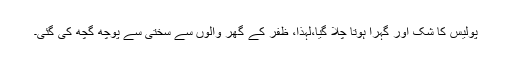
پولیس کا شک اور گہرا ہوتا چلا گیا،لہذا، ظفر کے گھر والوں سے سختی سے پوچھ گچھ کی گئی۔